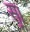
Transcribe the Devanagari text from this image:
सू।